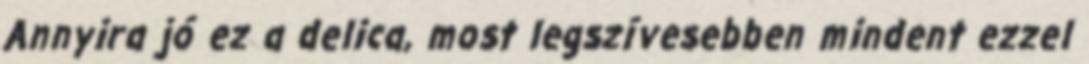
Annyira jó ez a delica, most legszívesebben mindent ezzel